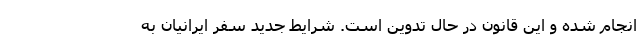
انجام شده و این قانون در حال تدوین است. شرایط جدید سفر ایرانیان به